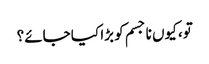
تو، کیوں نا جسم کو بڑا کیا جائے؟